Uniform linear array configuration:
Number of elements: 48
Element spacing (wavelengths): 0.25
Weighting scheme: cosine
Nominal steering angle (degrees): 0
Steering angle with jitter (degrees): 1.975
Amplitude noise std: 0.05
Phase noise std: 0.05

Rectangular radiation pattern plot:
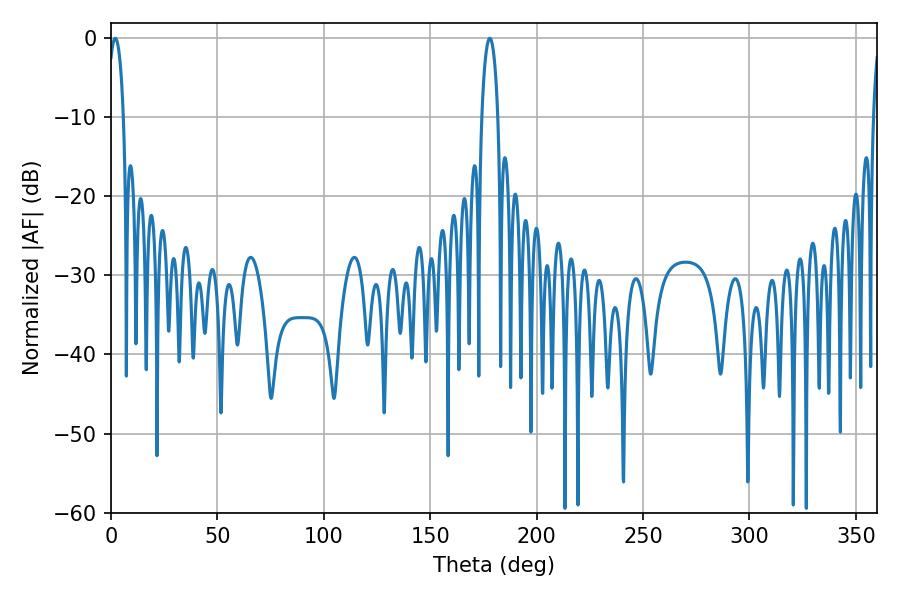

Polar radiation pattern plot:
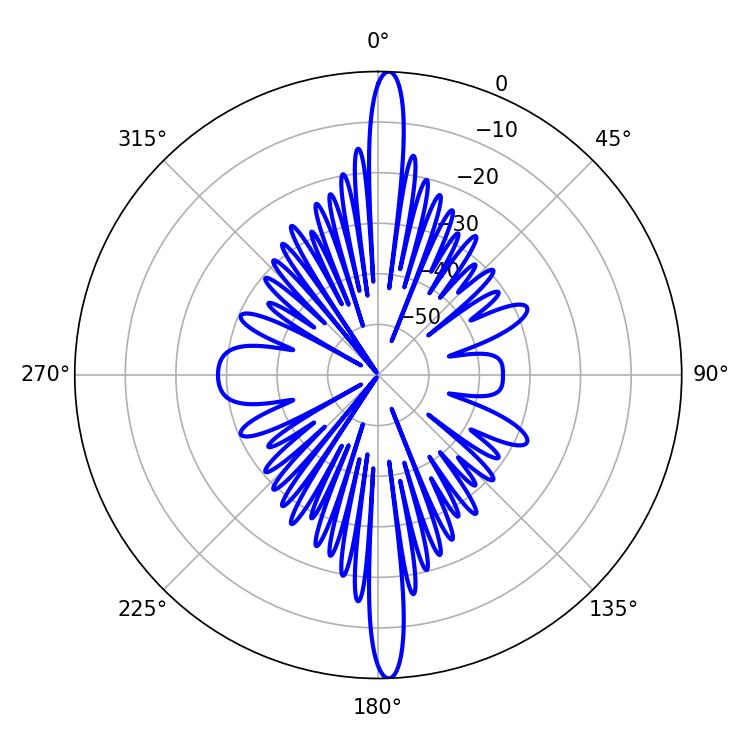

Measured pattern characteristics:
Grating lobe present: FALSE
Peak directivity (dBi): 25.526
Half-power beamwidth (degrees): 4.14
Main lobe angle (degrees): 1.98